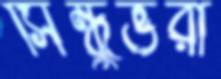
সিন্ধুভরা